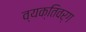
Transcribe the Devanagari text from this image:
व्यक्तिवर्ग